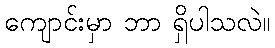
ကျောင်းမှာ ဘာ ရှိပါသလဲ။